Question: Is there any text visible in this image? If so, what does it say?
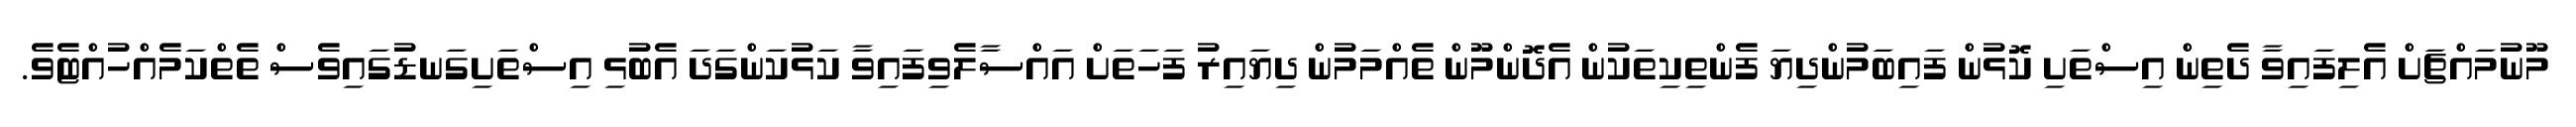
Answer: މޫނުމައްޗަށް އެލިފައިވާ ދެތިން އިސްތަށި ކޮޅުން ފައިބަމުންދިޔަ ފެންތިކިތަކުން އެދޮންމޫން ތެއްމަމުން ދިޔައިރު ފަހަތަށް އައްސާލެވިފައިވާ ކަޅުކަންގަދަ އެބުޅި އިސްތަށިގަނޑުގައިވެސް ތެތްކަމެއްހުއްޓެވެ.